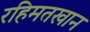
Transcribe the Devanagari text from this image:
रहिमतखान